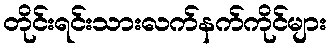
တိုင်းရင်းသားလက်နက်ကိုင်များ